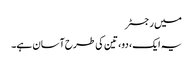
میں رجسٹر
یہ ایک، دو، تین کی طرح آسان ہے۔